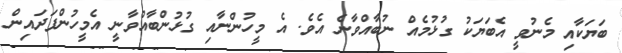
ބަޔަކާއި މެނުވީ އެބަޔަކު ގުޅުމެއް ނުބާއްވާނެ އެވެ. އެ މީހުންނާއި ގުޅުންބާއްވާނީ އެމީހުންފަދައިން